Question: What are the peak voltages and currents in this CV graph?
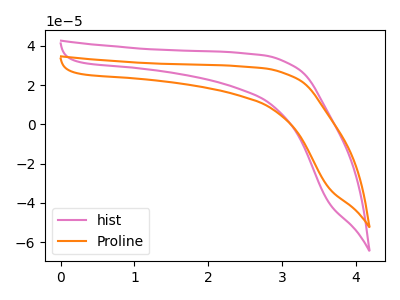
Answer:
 <answer>The pink curve "hist" has no peaks. The orange curve "Proline" has no peaks.</answer>
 <eval></eval>